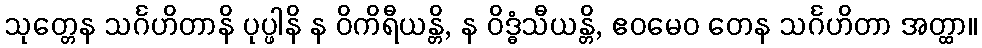
သုတ္တေန သင်္ဂဟိတာနိ ပုပ္ဖါနိ န ဝိကိရီယန္တိ, န ဝိဒ္ဓံသီယန္တိ, ဧဝမေဝ တေန သင်္ဂဟိတာ အတ္ထာ။